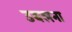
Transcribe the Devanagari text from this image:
उबलना